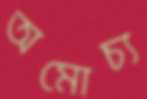
অমোচ্য